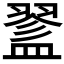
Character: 𥂔